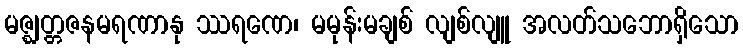
မဇ္ဈတ္တဇနမရဏာနု ဿရဏေ၊ မမုန်းမချစ် လျစ်လျူ အလတ်သဘောရှိသော